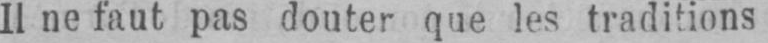
Il ne faut pas douter que les traditions